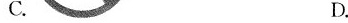
C. D.